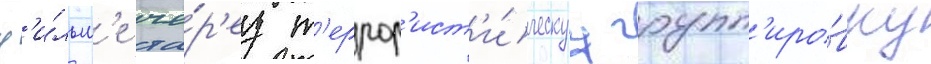
ф'и́льм'е че́р'ез т'еррор'ист'и́ческуу групп'иро́вку